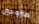
متزوجين